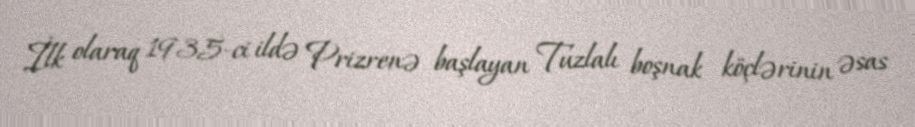
İlk olaraq 1935-ci ildə Prizrenə başlayan Tuzlalı boşnak köçlərinin əsas